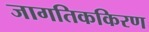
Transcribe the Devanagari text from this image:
जागतिककिरण